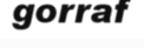
gorraf